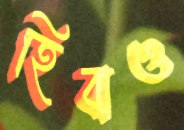
হিবাও